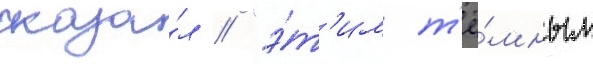
сказа́л // "э́т'им т'ё́мным